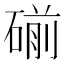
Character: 𰧏